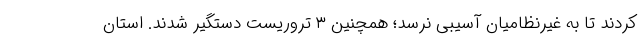
کردند تا به غیرنظامیان آسیبی نرسد؛ همچنین ۳ تروریست دستگیر شدند. استان